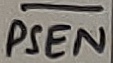
Text: PSEN